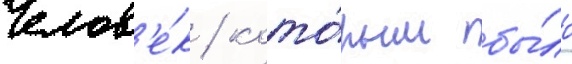
Челов'е́к / кото́рым бы́ло